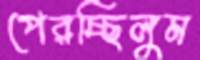
পেরচ্ছিলুম